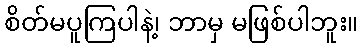
စိတ်မပူကြပါနဲ့၊ ဘာမှ မဖြစ်ပါဘူး။